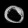
Digit: ၀